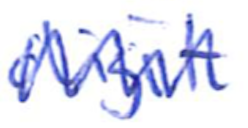
Text: digit
Cross-out: zig-zag
Writing tool: ballpoint